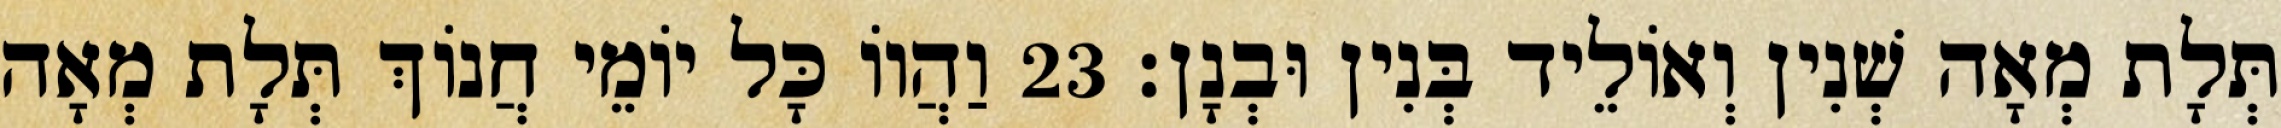
תְּלָת מְאָה שְׁנִין וְאוֹלֵיד בְּנִין וּבְנָן׃ 23 וַהֲווֹ כָּל יוֹמֵי חֲנוֹךְ תְּלָת מְאָה